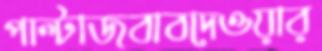
পাল্টাজবাবদেওয়ার